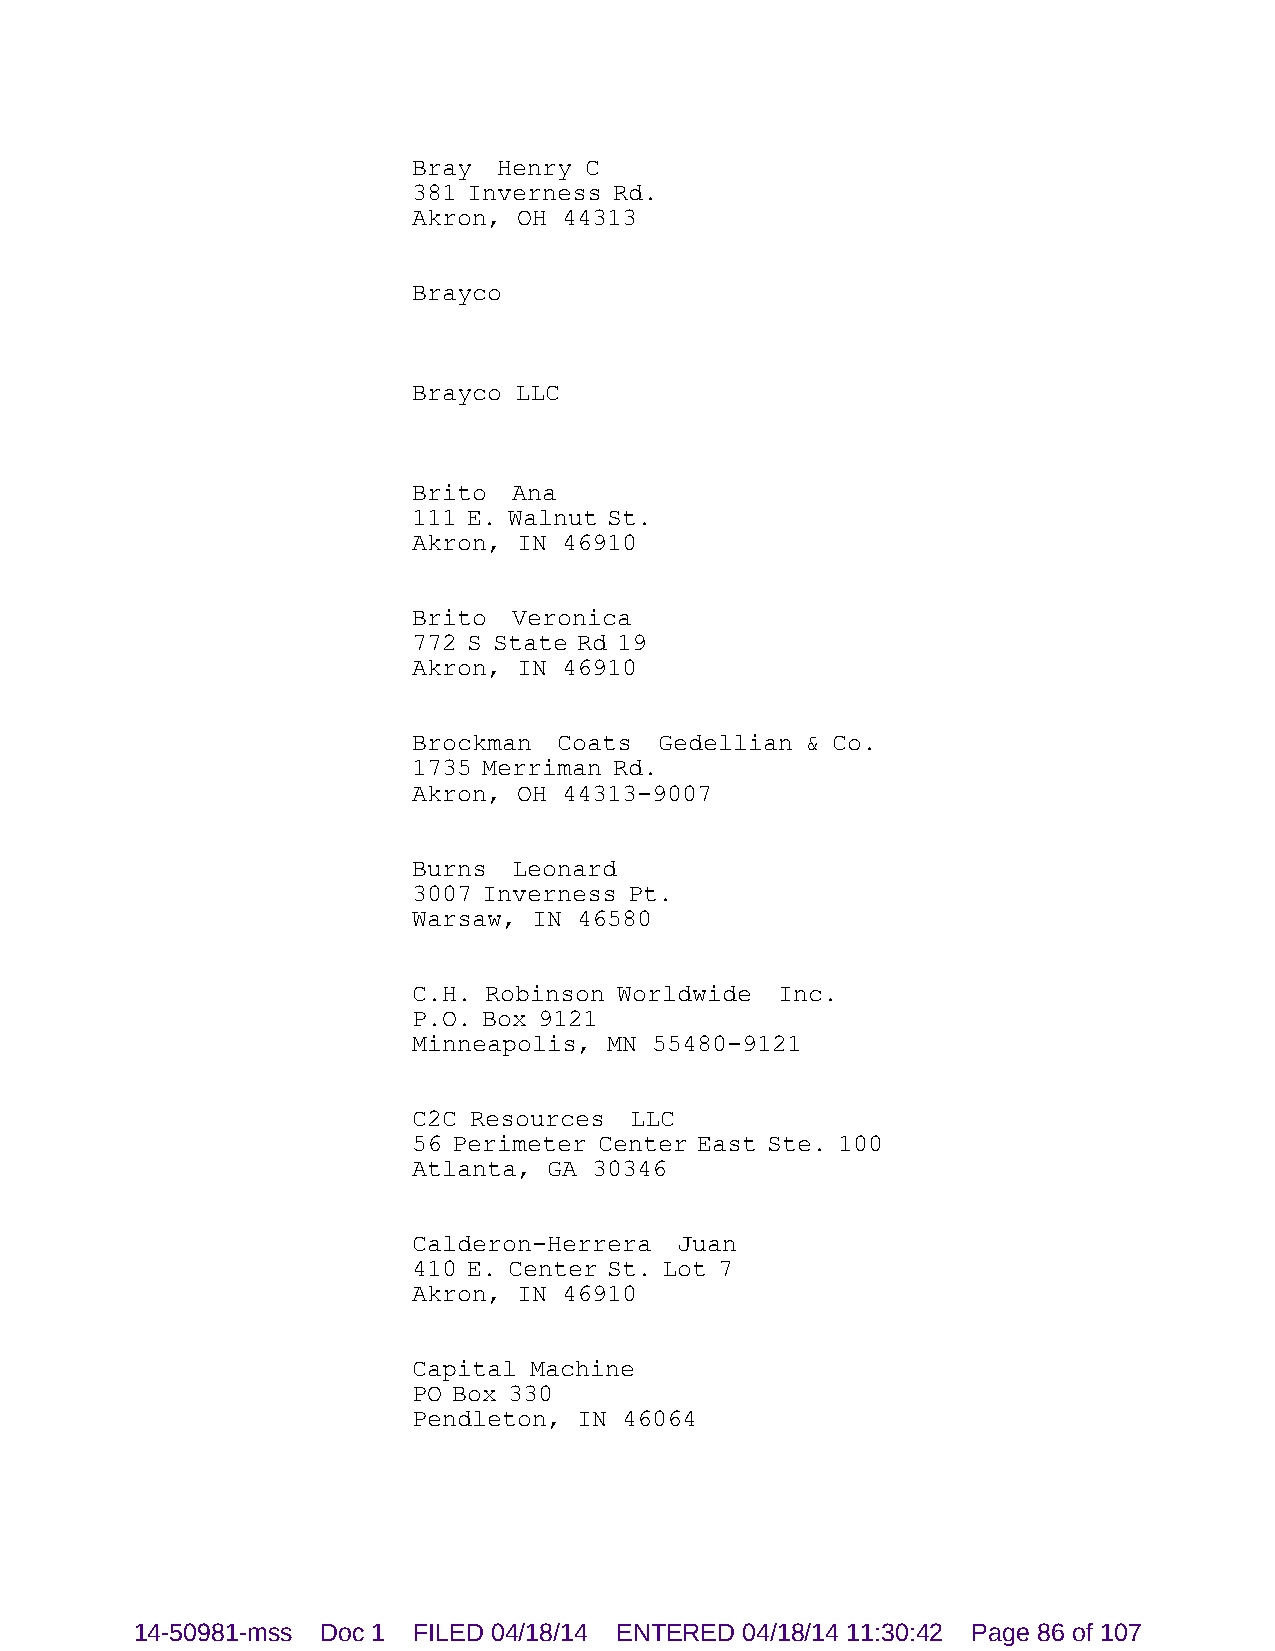
Bray  Henry C
 381 Inverness Rd.
 Akron, OH 44313
 Brayco
 Brayco LLC
 Brito  Ana
 111 E. Walnut St.
 Akron, IN 46910
 Brito  Veronica
 772 S State Rd 19
 Akron, IN 46910
 Brockman  Coats  Gedellian & Co.
 1735 Merriman Rd.
 Akron, OH 44313-9007
 Burns  Leonard
 3007 Inverness Pt.
 Warsaw, IN 46580
 C.H. Robinson Worldwide Inc.
 P.O. Box 9121
 Minneapolis, MN 55480-9121
 C2C Resources  LLC
 56 Perimeter Center East Ste. 100
 Atlanta, GA 30346
 Calderon-Herrera  Juan
 410 E. Center St. Lot 7
 Akron, IN 46910
 Capital Machine
 PO Box 330
 Pendleton, IN 46064
 14-50981-mss Doc 1 FILED 04/18/14 ENTERED 04/18/14 11:30:42 Page 86 of 107